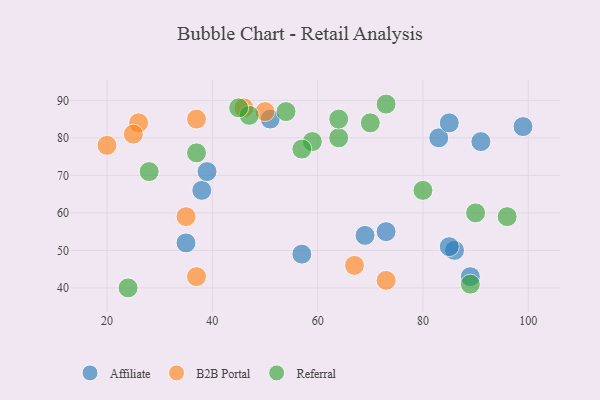
{"axis": {"x": "GDP", "y": "Life Expectancy"}, "legend": ["Affiliate", "B2B Portal", "Referral"], "data": [{"x": "86", "y": 50, "type": "Affiliate"}, {"x": "57", "y": 49, "type": "Affiliate"}, {"x": "99", "y": 83, "type": "Affiliate"}, {"x": "35", "y": 52, "type": "Affiliate"}, {"x": "38", "y": 66, "type": "Affiliate"}, {"x": "51", "y": 85, "type": "Affiliate"}, {"x": "83", "y": 80, "type": "Affiliate"}, {"x": "85", "y": 84, "type": "Affiliate"}, {"x": "73", "y": 55, "type": "Affiliate"}, {"x": "39", "y": 71, "type": "Affiliate"}, {"x": "89", "y": 43, "type": "Affiliate"}, {"x": "91", "y": 79, "type": "Affiliate"}, {"x": "85", "y": 51, "type": "Affiliate"}, {"x": "69", "y": 54, "type": "Affiliate"}, {"x": "37", "y": 85, "type": "B2B Portal"}, {"x": "37", "y": 43, "type": "B2B Portal"}, {"x": "35", "y": 59, "type": "B2B Portal"}, {"x": "26", "y": 84, "type": "B2B Portal"}, {"x": "73", "y": 42, "type": "B2B Portal"}, {"x": "20", "y": 78, "type": "B2B Portal"}, {"x": "46", "y": 88, "type": "B2B Portal"}, {"x": "25", "y": 81, "type": "B2B Portal"}, {"x": "50", "y": 87, "type": "B2B Portal"}, {"x": "67", "y": 46, "type": "B2B Portal"}, {"x": "80", "y": 66, "type": "Referral"}, {"x": "70", "y": 84, "type": "Referral"}, {"x": "96", "y": 59, "type": "Referral"}, {"x": "59", "y": 79, "type": "Referral"}, {"x": "28", "y": 71, "type": "Referral"}, {"x": "47", "y": 86, "type": "Referral"}, {"x": "45", "y": 88, "type": "Referral"}, {"x": "89", "y": 41, "type": "Referral"}, {"x": "90", "y": 60, "type": "Referral"}, {"x": "73", "y": 89, "type": "Referral"}, {"x": "64", "y": 80, "type": "Referral"}, {"x": "24", "y": 40, "type": "Referral"}, {"x": "54", "y": 87, "type": "Referral"}, {"x": "37", "y": 76, "type": "Referral"}, {"x": "57", "y": 77, "type": "Referral"}, {"x": "64", "y": 85, "type": "Referral"}]}